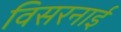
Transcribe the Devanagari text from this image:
विसरनाई